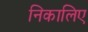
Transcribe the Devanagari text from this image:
निकालिए